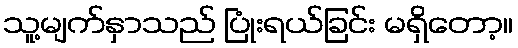
သူ့မျက်နှာသည် ပြုံးရယ်ခြင်း မရှိတော့။